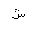
Letter: _shin